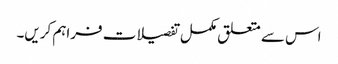
اس سے متعلق مکمل تفصیلات فراہم کریں۔